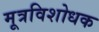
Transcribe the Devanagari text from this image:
मूत्रविशोधक